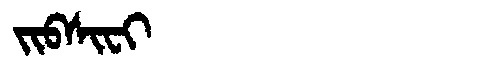
Manchu: ᠵᡳᠪᠰᡳᠸᡳ
Romanization: JIBSIFI